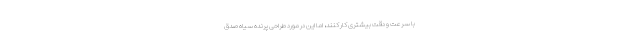
با سرعت و دقت بیشتری کار کنند، اما این در مورد طراحی پرنده سیاه صدق